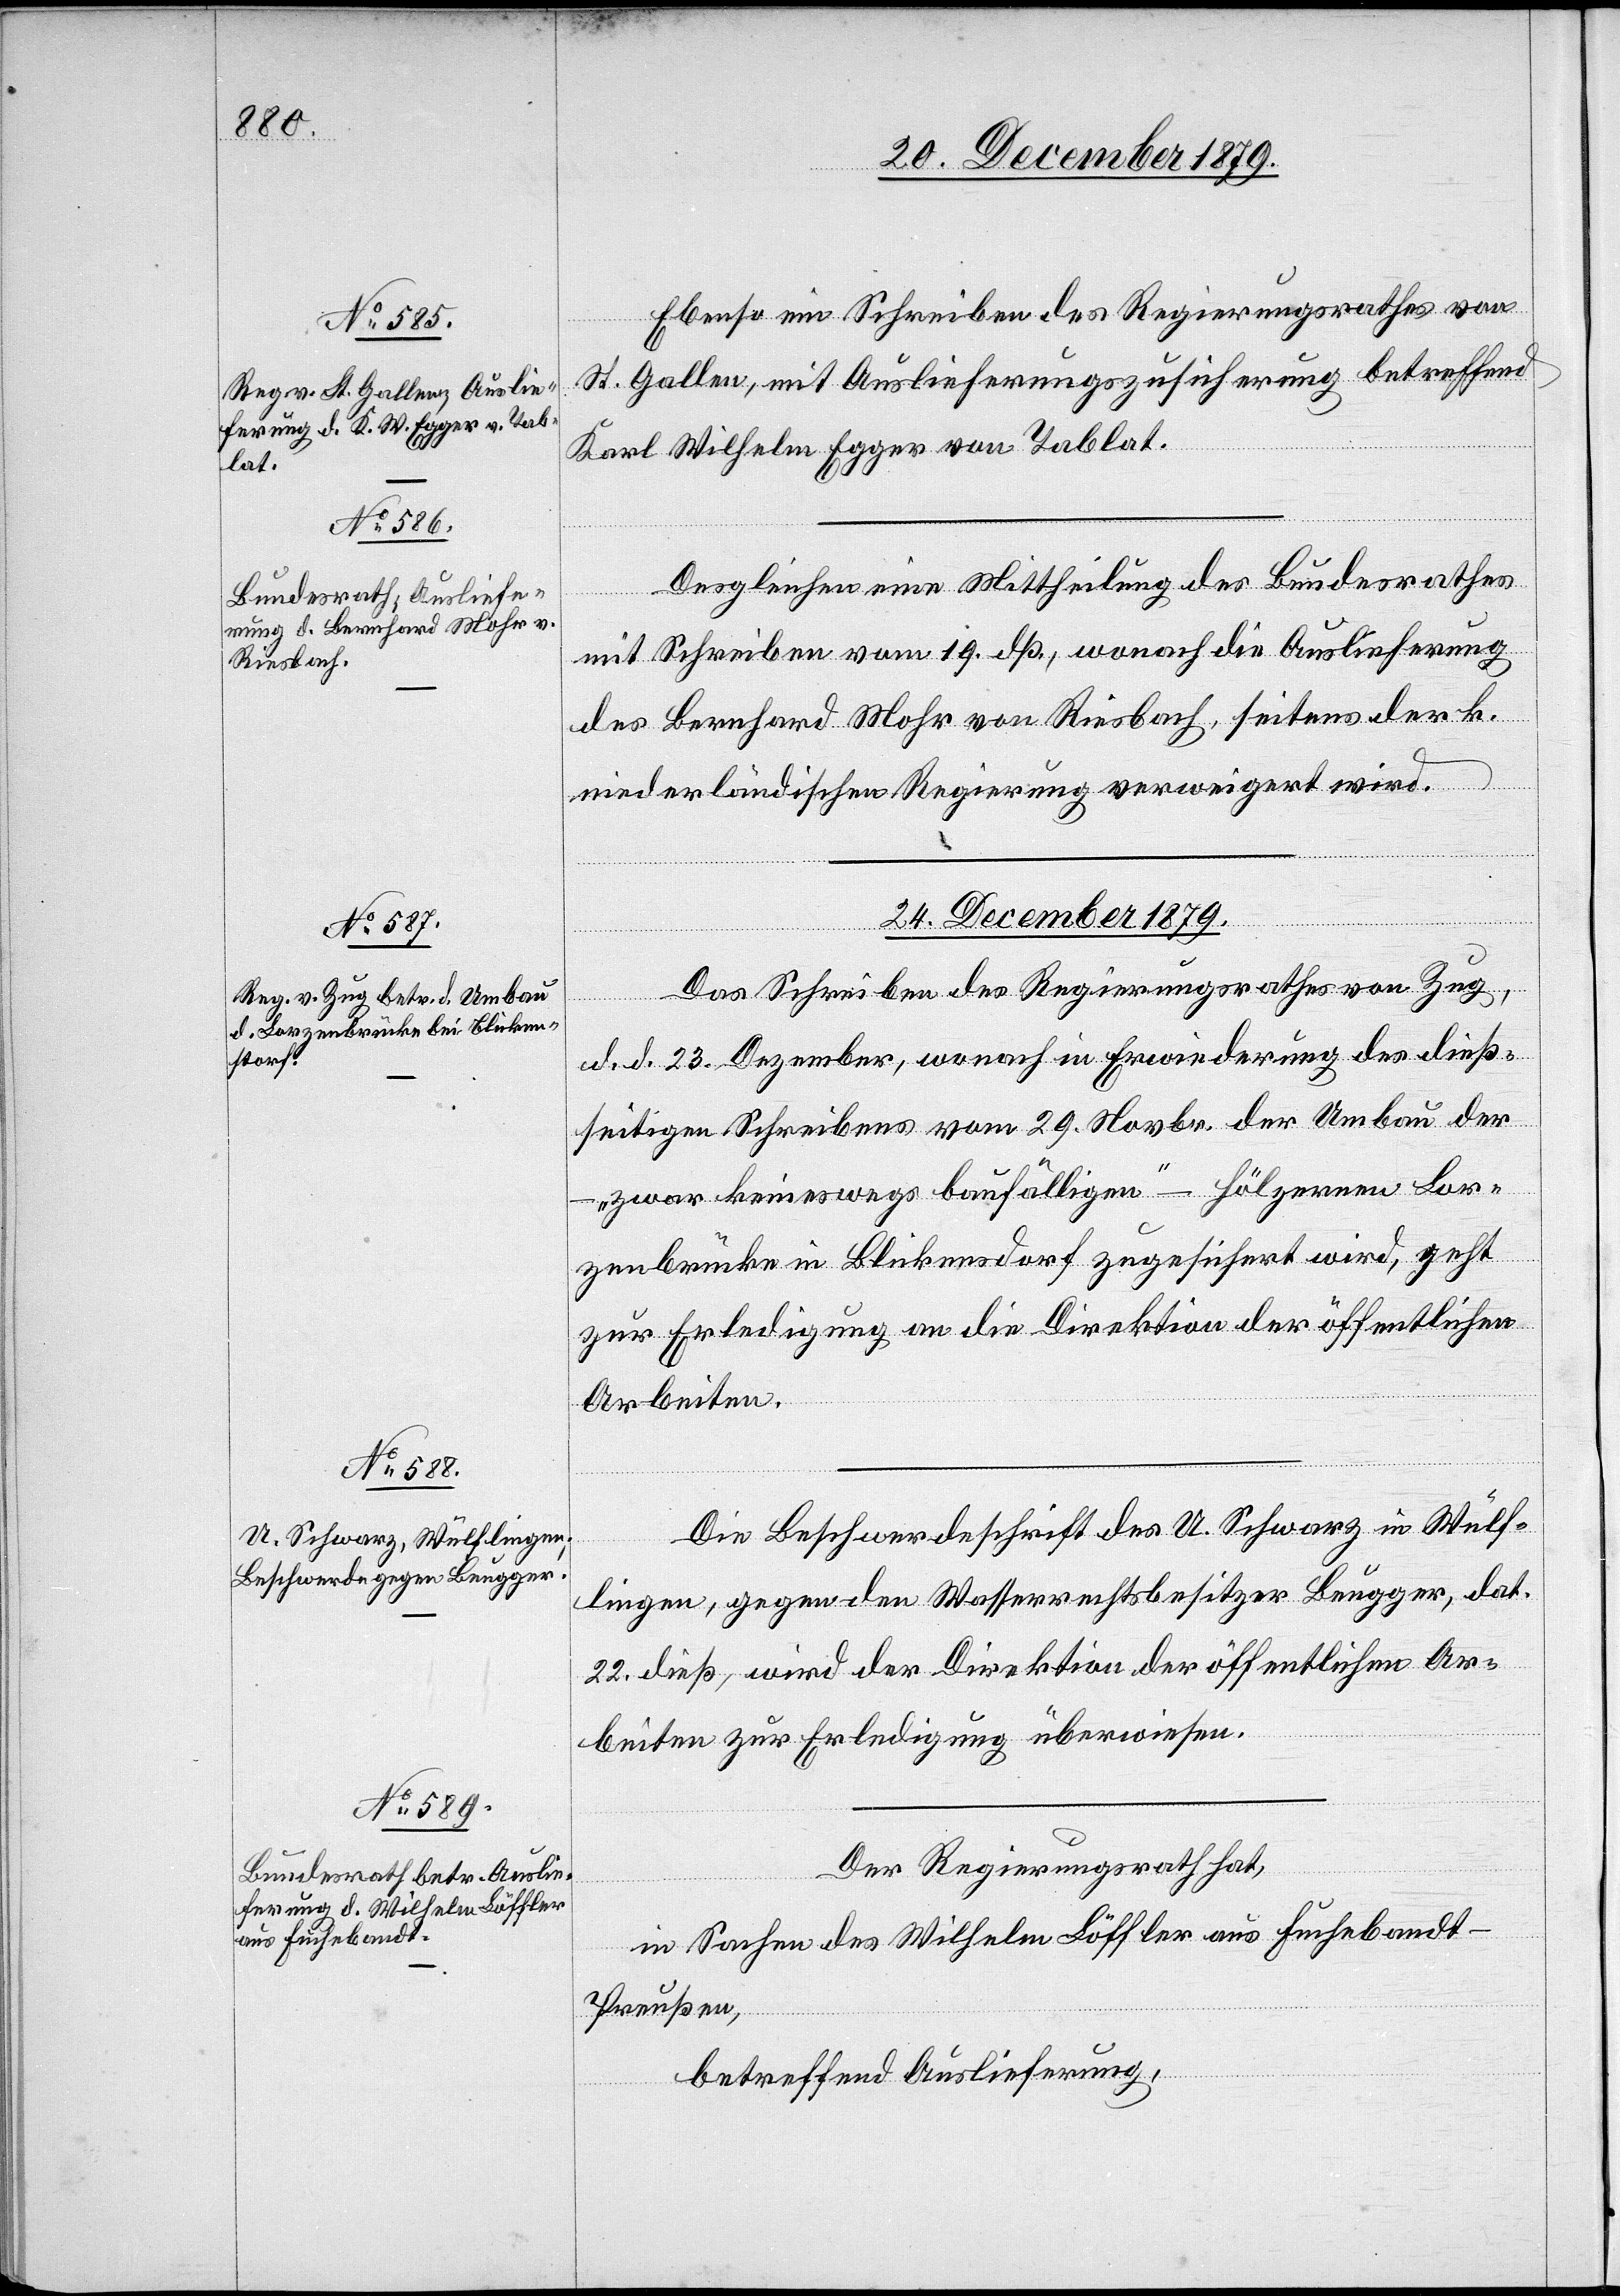
23. December 1879.]
Ebenso ein Schreiben des Regierungsrathes von
St. Gallen, mit Auslieferungszusicherung betreffend
Karl Wilhelm Egger von Tablat.
Desgleichen eine Mittheilung des Bundesrathes
mit Schreiben vom 19. dß., wonach die Auslieferung
des Bernhard Mohr von Riesbach, seitens der k.
niederländischen Regierung verweigert wird.
24. December 1879.]
Das Schreiben des Regierungsrathes von Zug,
d. d. 23. Dezember, wonach in Erwiederung des dieß¬
seitigen Schreibens vom 29. Novbr. der Umbau der
„zwar keineswegs baufälligen“ – hölzernen Lor¬
zenbrücke in Blickenstorf zugesichert wird, geht
zur Erledigung an die Direktion der öffentlichen
Arbeiten.
Die Beschwerdeschrift des U. Schwarz in Wülf¬
lingen, gegen den Wasserrechtsbesitzer Beugger, dat.
22. dieß, wird der Direktion der öffentlichen Ar¬
beiten zur Erledigung überwiesen.
Der Regierungsrath hat,
in Sachen des Wilhelm Löffler aus Fuchebandt -
Preußen,
betreffend Auslieferung,